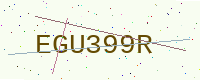
Text: EGU399R